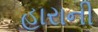
હારાની